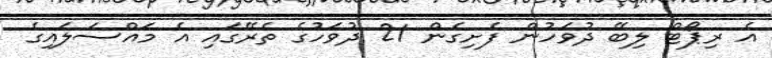
އެ ރިޕޯޓް ލިބޭ ދުވަހުން ފެށިގެން 21 ދުވަހުގެ ތެރޭގައި އެ މައްސަލައިގެ